King Institute of Preventive Medicine Bacteriolog. Section reports 1907-08
Year: 1907
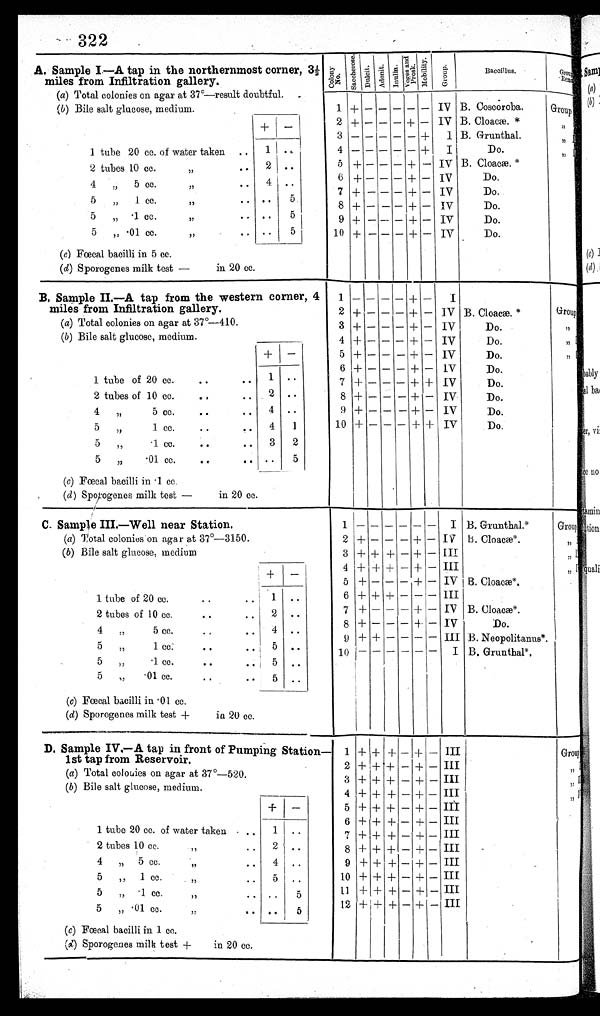
322
A. Sample I.—A tap in the northernmost corner,
3½ miles from Infiltration gallery.
Co l o n y No .
S a c c h e r o s e .Du l c i t . Adoni t .
I nul i n.
V o g e s a n d P r o s k . M o b i l i t y .
Gr oup.
Baccillus.
G r o u p a n d R e ma r k s .
(a) Total colonies on agar at 37°—result doubtful.
( b ) Bile salt glucose, medium.
1 + – – – – – IV B. Coscoroba.
Group I
+
–
2 + – – – + – IV B. Cloacæ.*
,, II
3 – – – – – +
I B. Grunthal.
, , I I I
1 tube 20 cc. of water taken ..
1 ..
4 – – – – – +
I
Do.
,, IV
2 tubes 10 cc.
,, .. 2 ..
5 + – – – + – IV B. Cloacæ.*
4 ,, 5 cc. ,, ..
4
. .
6 + – – – + – IV
Do.
5 „ 1 cc. ,, ..
. .
5
7 + – – – + – IV
Do.
5 „ .1 cc. ,, ..
. .
5
8 +
– – – + –
IV
Do.
5 ,, .01 cc. ,, ..
..
5
9 + – – – + –
IV
Do.
10 + – – – + – IV
Do.
(c) Fœcal bacilli in 5 cc.
(d) Sporogenes milk test – in 20 cc.
B. Sample II.–A tap from the western corner, 4
miles from Infiltration gallery.
1 – – – – +
–
I
2 + – – – + – IV B. Cloacæ.*
Group I
(a) Total colonies on agar at 37°–410.
3 + – – – + – IV
Do.
, , I I
(b) Bile salt glucose, medium.
4 + – – – + – IV
Do.
,, III
+
–
5 + – – – + – IV
Do.
,, IV
6 + – – – + –
I V
Do.
1 tube of 20 cc.
..
..
1
. .
7 + – – – + + IV
Do.
2 tubes of 10 cc.
..
..
2 ..
8 + – – – + – IV
Do.
4
„
5 cc.
..
..
4 ..
9 + – – – + –
IV
Do.
5
„
1 cc.
..
4
1
10 + – – – + + IV
D o .
5
,,
.1 cc.
..
..
3
2
5
„
.01 cc.
..
.. ..
5
(c) Fœcal bacilli in .1 cc.
( d ) Sporogenes milk test — in 20 cc.
C. Sample III.—Well near Station.
1
–
– – – – –
I B. Grunthal.*
Group I
(a) Total colonies on agar at 37º—3150.
2 + – – – + – IV B. Cloacæ*.
,, II
( b) Bile salt glucose, medium
3 + + + – +
– III
,, III
+
–
4 + + + – +
– III
,, IV
5 + – – – + – IV B. Cloacæ*.
1 tube of 20 cc.
..
1
. .
6 + + + – – – III
2 tubes of 10 cc. .. ..
2
. .
7 + – – – + – IV B. Cloacæ*.
4 ,, 5 cc .. ..
4
. .
8 + – – – + –
IV
Do.
5 ,, 1 cc. .. ..
5
. .
9 + + – – – – III B. Neopolitanus*.
5 „ .1 cc. .. ..
5 ..
1 0
– – – – – –
I B. Grunthal*.
5 ,, .01 cc. .. ..
5 ..
(c) Fœcal bacilli in .01 cc.
(d) Sporogenes milk test + in 20 cc.
D. Sample IV.–A tap in front of Pumping Station–I
1st tap from Reservoir
1 + + + – + – III
Group I
2
+
+ + – + – III
,, II
(a) Total colonies on agar at 37°–520.
3 + + + – + – III
,, III
(b) Bile salt glucose, medium.
4 + + + – + – III
, , I V
+
–
5 + + + – + – III
6 + + + – + – III
1 tube 20 cc. of water taken . ..
1 ..
7 + + + – + – III
2 tubes 10 cc.
„
..
2
. .
8 + + + – + – III
4
„ 5 cc.
,,
..
4 ..
9 + + + – + – III
5
„
1 cc.
„
..
5 ..
10 + + + – + – III
5
,,
1 cc. ,, . .
..
5
11 + + + – + – Ill
5
„ .01 cc.
,,
.. ..
5
12 + + + – + – III
(c) Fœcal bacilli in 1 cc.
(d) Sporogenes milk test +
in 20 cc.